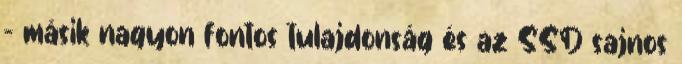
- másik nagyon fontos tulajdonság és az SSD sajnos